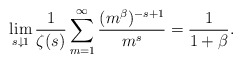
\begin{align*}\lim_{s\downarrow 1}\frac{1}{\zeta(s)}\sum_{m=1}^{\infty}\frac{(m^{\beta})^{-s+1}}{m^s}=\frac{1}{1+\beta}.\end{align*}